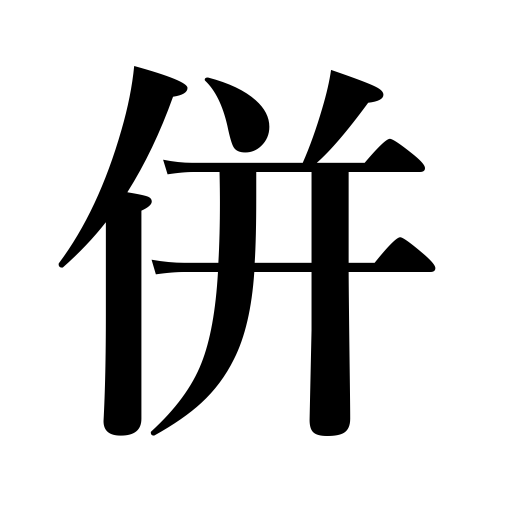
Meanings: unite,get together